Civil Veterinary Dept. Assam report 1911-1927 - 1911-1927
Year: 1911
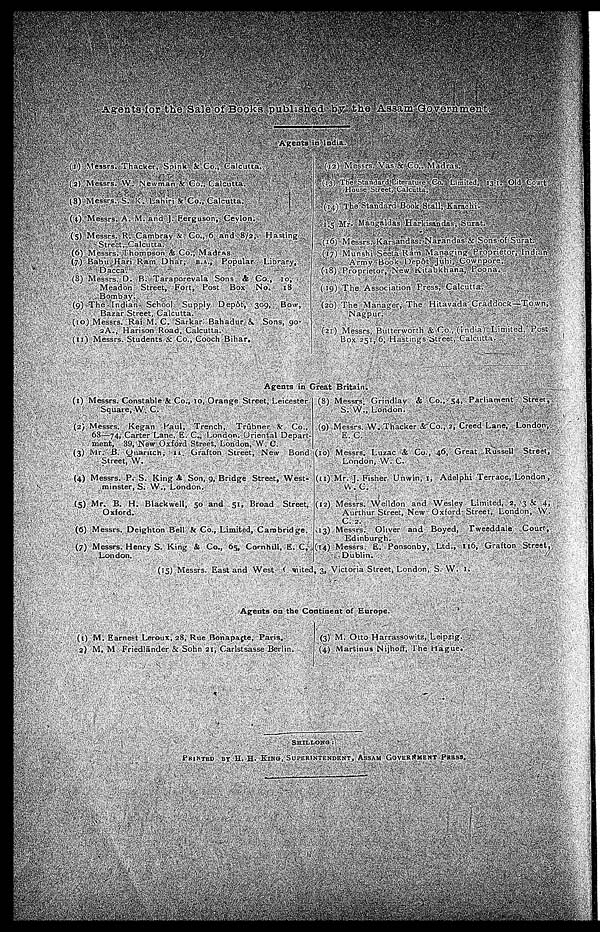
Agents for the Sale of Books published by the Assam Government.
Agents in India.
(1) Messrs. Thacker, Saink & Co., Calcutta.
(2) Messrs. W. Newman & Co., Calcutta.
(3) Messrs. S. K. Lahiri & Co., Calcutta.
(4) Messrs. A. M. and J. Ferguson, Ceylon.
(5) Messrs. R. Cambray & Co., 6 and
8/2,
Hasting
Street, Calcutta.
(6) Messrs. Thompson & Co., Madras
(7) Babu
Hari
Ram
Dhar,
B.A.,
Popular
Library,
Dacca.
(8) Messrs
D.
R.
Taraporevala
Sons
& Co.,
10,
Meadon
Street,
Fort,
post
Box
No.
18
(9)
The
Indian
School
Supply
Depôt, 309,
Bow,
Bazar Street,
Calcutta.
(10) Messrs. Rai M. C. Sarkar
Bahadur
&
Sons, 90
2A.,
Harison
Road. Calcutta
(11) Messrs.
Students
&
Co.,
Cooch Bihar.
(12)
Messrs.
Vas & Co., Madras.
(13) The Standard Literature Co. Limited, 13-1. Old Court
House Street, Calcutta,
(14) The Standard Book Stall, Karachi.
(15) Mr. Mangaldas Harkisandas, Surat.
(16) Messrs. Karsandas Narandas & Sons of Surat.
(17) Munshi
Seeta
Ram
Managing
Proprictor,
Indian
Army
Book
Depôt
Juhi,
Cowrpore.
(18)
Proprietor,
New
Kitabkhana,
Poona.
(19) The Association Press, Calcutta.
(20) The Manager.
The
Hitavada
Craddock—Town,
(21) Messrs.
Butterworth
&
Co.,
(india)
Limited
Post
Box 251, 6, Hastings Street, Calcutta.
Agents in Great Britain.
(1) Messrs. Constable & Co., 10, Orange Street, Leicester
Square, W. C.
(2) Messrs.
Kegan
Paul, Trench,
Trūbner
&
Co.,
63—74, Carter Lane, E. C., London,
Oriental
Depart-
ment
39,
New Oxford Street London, W. C.
(3)
Mr.
B.
Quaruch
H.
Grafton
Street,
New
Bond
Street, W.
(4) Messrs. P. S. King & Son, 9. Bridge Street, West
minster, S. W., London.
(5) Mr. B. H. Blackwell, 50 and
51,
Broad
Street,
Oxford.
(6) Messrs. Deighton Bell & Co., Limited, Cambridge.
(7) Messrs. Henry S. King & Co., 65, Cornhill. E. C,
London.
(8) Messrs. Crindlav & Co., 54, Parliament
Street,
S. W., London.
(9) Messrs. W. Thacker & Co., 2, Creed Lane,
London,
E. C.
(10) Messrs. Luzac & Co., 46 Great
Russell
Street,
London, W. C
(11) Mr. J. Fisher Unwin. 1, Adelphi Terrace, London,
W. C.
(12) Messrs.
Welldon
and
Wesley
Limited
2. 3 & .
Aurthur
Street,
New
Oxford
Street, London,
W.
C. 2.
(13) Messrs Oliver
and
Boyed,
Tweeddale
Court,
Edinburgh.
(14) Messrs. E. Ponscnby, Ltd., 116, Grafton
Street,
Dublin.
(15) Messrs.
East
and West Limited. 3, Victoria Street. London. S. W. 1.
Agents on the Continent of Europe.
(1) M. Earnest Leroux, 28, Rue Bonapagte, Paris,
(2) M. M Friedlānder & Sohn 21, Carlstsasse Berlin.
(3) M. Otto Barrassowitz, Leipzing
(4) Martinus
Nijhoff, The Hague.
SHILLONG:
PRINTED BY
II.
II. KING, SUPERINTENDENT, ASSAM.
GOVERNMENt
PRESS,